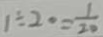
1 \div 2 0 = \frac { 1 } { 2 0 }